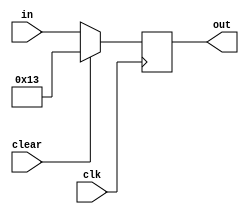
module pipeline_register(clk, in, clear, out);
	input clk, clear;
	input [31:0] in;
	output reg [31:0] out;

	// TODO I need to fix this problem where nops make it so that
	// control forwards values from the alu when you're trying to load
	// immediates because x0 is an operand of a nop.
	initial begin
		out <= 32'b0;
	end

	always @ (posedge clk) begin
		if (clear) begin
			out <= 32'b00000000000000000000000000010011;
		end else begin
			out <= in;
		end 
	end


endmodule